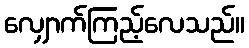
လျှောက်ကြည့်လေသည်။